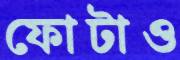
ফোটাও